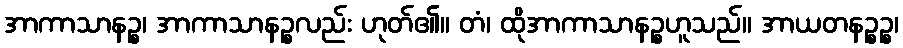
အာကာသာနဉ္စ၊ အာကာသာနဉ္စလည်း ဟုတ်၏။ တံ၊ ထိုအာကာသာနဉ္စဟူသည်။ အာယတနဉ္စဉ္စ၊